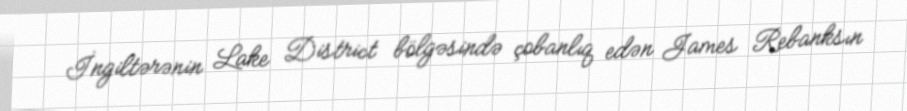
İngiltərənin Lake District bölgəsində çobanlıq edən James Rebanksın